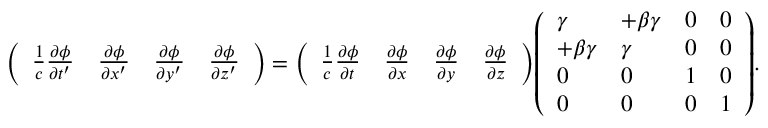
{ \left( \begin{array} { l l l l } { { \frac { 1 } { c } } { \frac { \partial \phi } { \partial t ^ { \prime } } } } & { { \frac { \partial \phi } { \partial x ^ { \prime } } } } & { { \frac { \partial \phi } { \partial y ^ { \prime } } } } & { { \frac { \partial \phi } { \partial z ^ { \prime } } } } \end{array} \right) } = { \left( \begin{array} { l l l l } { { \frac { 1 } { c } } { \frac { \partial \phi } { \partial t } } } & { { \frac { \partial \phi } { \partial x } } } & { { \frac { \partial \phi } { \partial y } } } & { { \frac { \partial \phi } { \partial z } } } \end{array} \right) } { \left( \begin{array} { l l l l } { \gamma } & { + \beta \gamma } & { 0 } & { 0 } \\ { + \beta \gamma } & { \gamma } & { 0 } & { 0 } \\ { 0 } & { 0 } & { 1 } & { 0 } \\ { 0 } & { 0 } & { 0 } & { 1 } \end{array} \right) } .